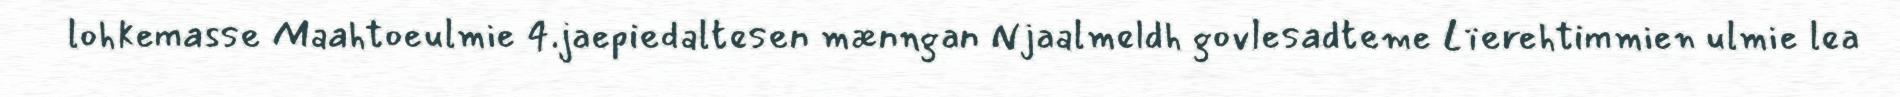
lohkemasse Maahtoeulmie 4.jaepiedaltesen mænngan Njaalmeldh govlesadteme Lïerehtimmien ulmie lea